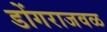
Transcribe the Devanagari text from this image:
डोंगराजवळ